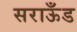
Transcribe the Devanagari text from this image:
सराऊँड